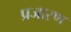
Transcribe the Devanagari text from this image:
प्रजारण